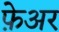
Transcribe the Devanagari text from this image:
फ़ेअर